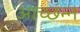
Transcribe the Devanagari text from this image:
आच्छन्‍न